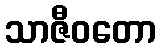
သာဇီဝတော